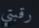
رقبتي